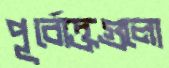
পূর্বোক্তগুলো